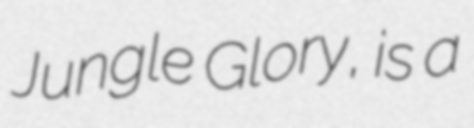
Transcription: Jungle Glory, is a